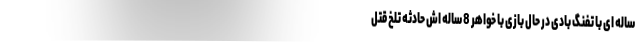
ساله ای با تفنگ بادی در حال بازی با خواهر 8 ساله اش حادثه تلخ قتل